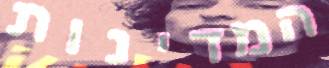
המדינות